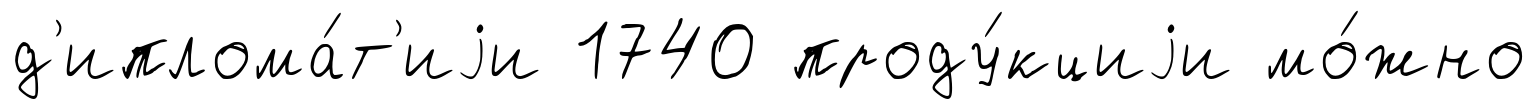
д'иплома́т'иjи 1740 проду́кциjи мо́жно